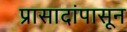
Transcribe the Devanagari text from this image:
प्रासादांपासून